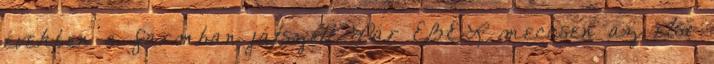
években a farmban játszott. Pár EBEL meccsen az első